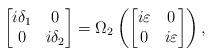
LaTeX: \begin{align*}\begin{bmatrix}i\delta_1 & 0 \\0 & i\delta_2\end{bmatrix} =\Omega_2\left(\begin{bmatrix}i\varepsilon & 0 \\0 & i\varepsilon\end{bmatrix}\right),\end{align*}